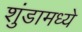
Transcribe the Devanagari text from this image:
शुंडामध्ये